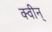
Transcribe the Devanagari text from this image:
क्वीन्